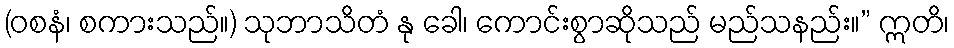
(ဝစနံ၊ စကားသည်။) သုဘာသိတံ နု ခေါ၊ ကောင်းစွာဆိုသည် မည်သနည်း။” ဣတိ၊